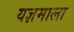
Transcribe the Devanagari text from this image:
यज्ञमाला